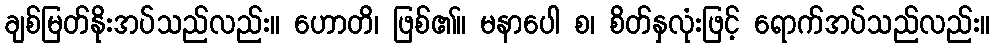
ချစ်မြတ်နိုးအပ်သည်လည်း။ ဟောတိ၊ ဖြစ်၏။ မနာပေါ စ၊ စိတ်နှလုံးဖြင့် ရောက်အပ်သည်လည်း။